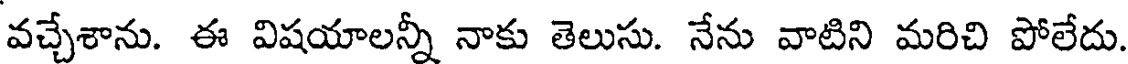
వచ్చేశాను. ఈ విషయాలన్నీ నాకు తెలుసు. నేను వాటిని మరిచి పోలేదు